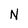
Character: N